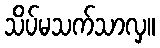
သိပ်မသက်သာလှ။